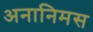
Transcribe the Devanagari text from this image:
अनानिमस